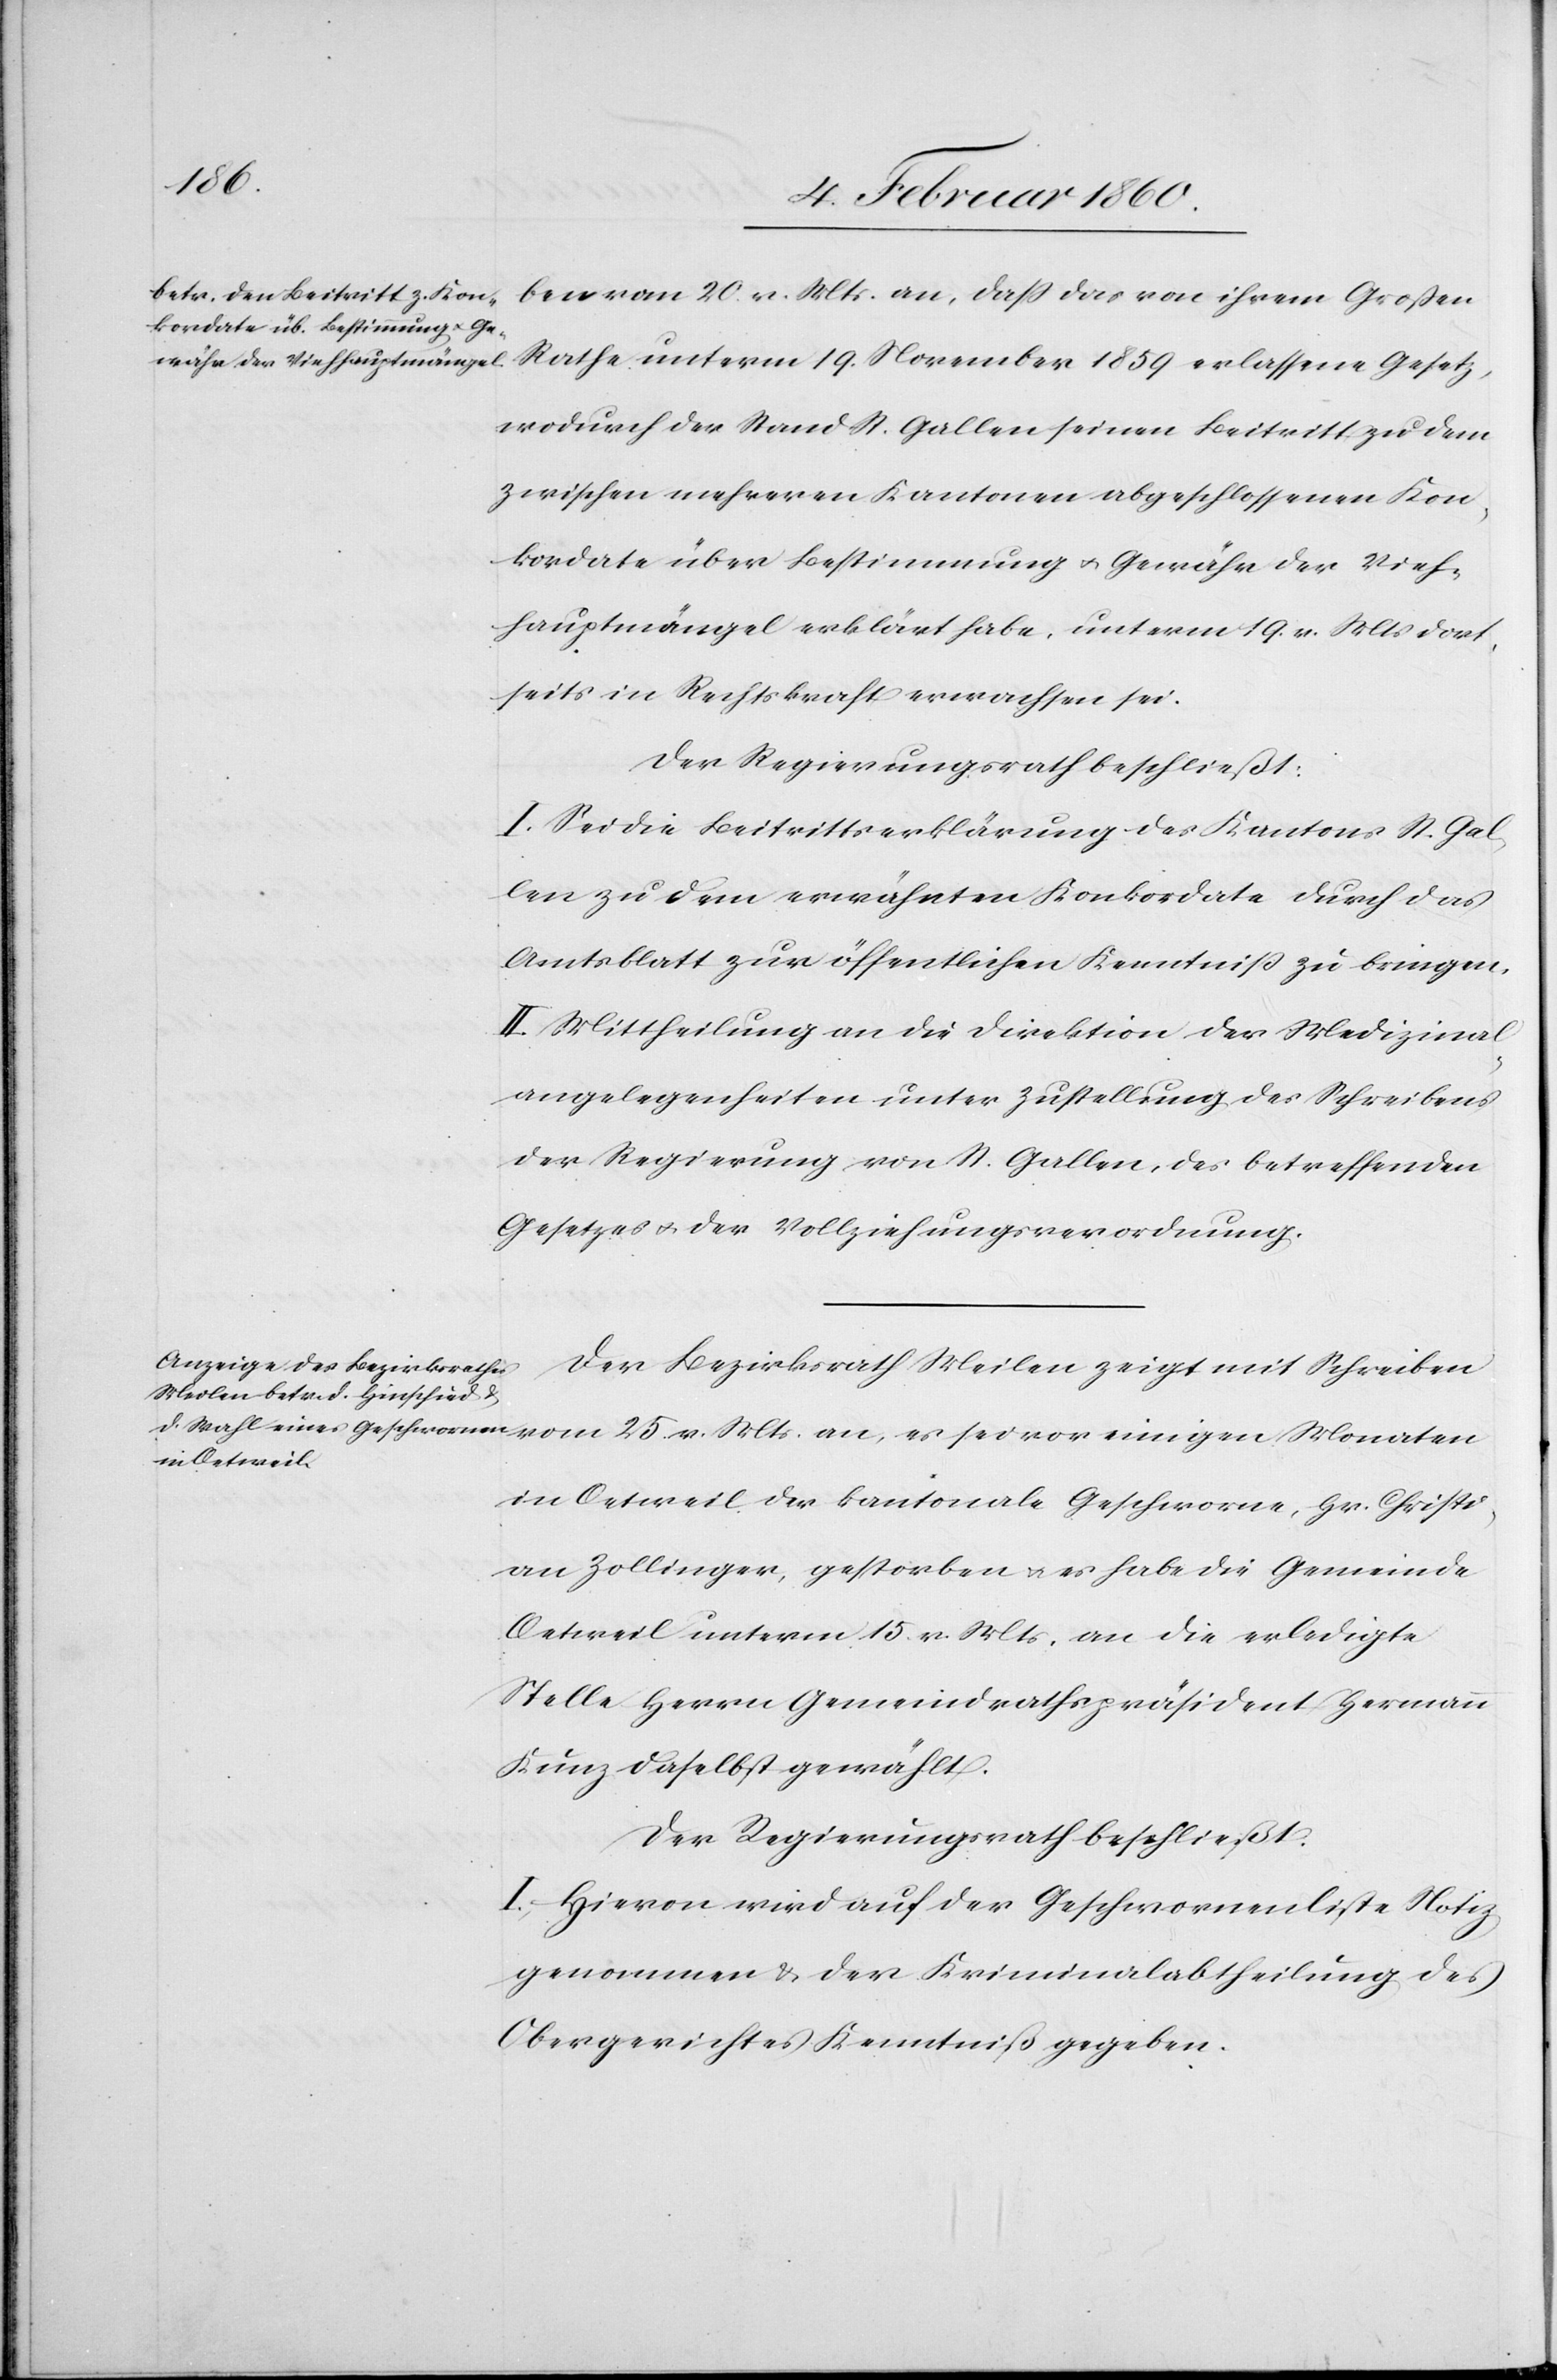
ben vom 20. v. Mts. an, dass das von ihrem Grossen
Rathe unterm 19. November 1859 erlassene Gesetz,
wodurch der Stand St. Gallen seinen Beitritt zu dem
zwischen mehreren Kantonen abgeschlossenen Kon¬
kordate über Bestimmung u. Gewähr der Vieh¬
hauptmängel erklärt habe, unterm 19. v. Mts. dort¬
seits in Rechtskraft erwachsen sei.
Der Regierungsrath beschließt:
I. Sei die Beitrittserklärung des Kantons St. Gal¬
len zu dem erwähnten Konkordate durch das
Amtsblatt zur öffentlichen Kenntniß zu bringen.
II. Mittheilung an die Direktion der Medizinal¬
angelegenheiten unter Zustellung des Schreibens
der Regierung von St. Gallen, des betreffenden
Gesetzes u. der Vollziehungsverordnung.
Der Bezirksrath Meilen zeigt mit Schreiben
in Oetweil der kantonale Geschworne, Hr. Christi¬
an Zollinger, gestorben u. es habe die Gemeinde
Oetweil unterm 15. v. Ms. an die erledigte
Stelle Herrn Gemeindrathspräsident Hermann
Kunz daselbst gewählt.
Der Regierungsrath beschließt:
I. Hievon wird auf der Geschworenenliste Notiz
genommen u. der Kriminalabtheilung des
Obergerichtes Kenntniß gegeben.